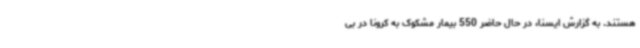
هستند. به گزارش ایسنا، در حال حاضر 550 بیمار مشکوک به کرونا در بی